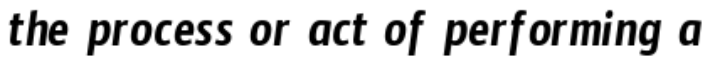
the process or act of performing a